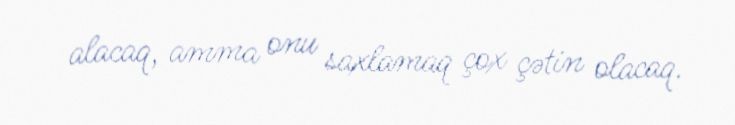
alacaq, amma onu saxlamaq çox çətin olacaq.